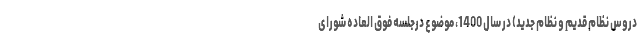
دروس نظام قدیم و نظام جدید) در سال 1400، موضوع درجلسه فوق العاده شورای